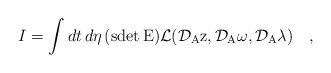
\begin{align*}I =\int dt\, d\eta\, (\rm{sdet}\, E){\cal L}({\cal D}_A z, {\cal D}_A \omega,{\cal D}_A \lambda)\quad,\end{align*}